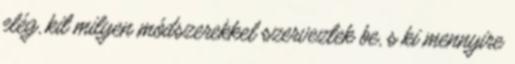
elég, kit milyen módszerekkel szerveztek be, s ki mennyire